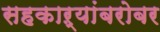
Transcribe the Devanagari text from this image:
सहकाऱ्यांबरोबर